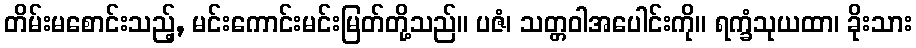
တိမ်းမစောင်းသည့်, မင်းကောင်းမင်းမြတ်တို့သည်။ ပဇံ၊ သတ္တဝါအပေါင်းကို။ ရက္ခံသုယထာ၊ ခိုးသား